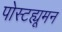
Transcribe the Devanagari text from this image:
पोस्टह्यूमन